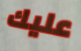
عليك